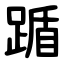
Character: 踲